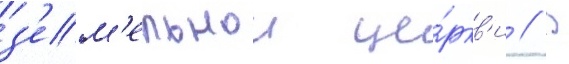
з'ем'ельнои це́ркв'и // В